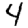
Digit: 4